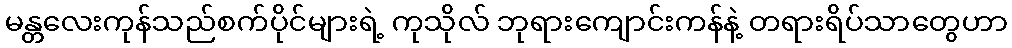
မန္တလေးကုန်သည်စက်ပိုင်များရဲ့ ကုသိုလ် ဘုရားကျောင်းကန်နဲ့ တရားရိပ်သာတွေဟာ